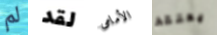
لم لقد الأمامى يعتقد